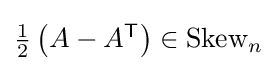
{\textstyle {\frac {1}{2}}\left(A-A^{\textsf {T}}\right)\in {\mbox{Skew}}_{n}}